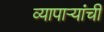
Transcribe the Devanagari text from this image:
व्यापाऱ्यांची